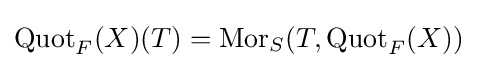
\operatorname {Quot} _{F}(X)(T)=\operatorname {Mor} _{S}(T,\operatorname {Quot} _{F}(X))